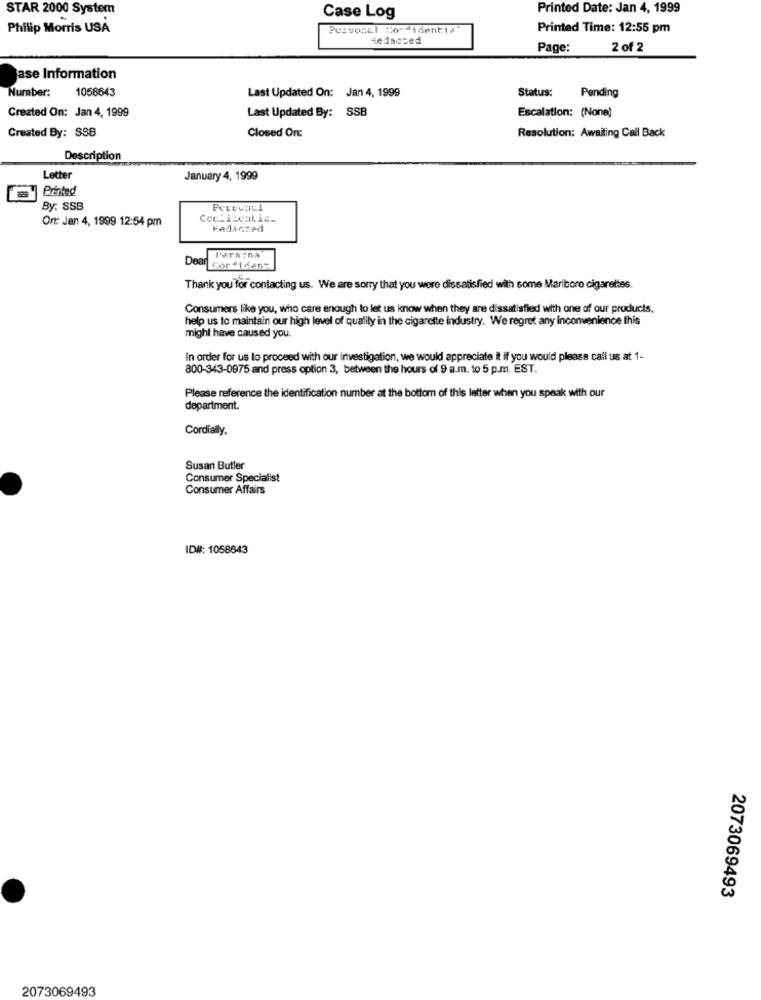
STAR 2000 System
Printed Date: Jan 4, 1999
Case Log
Philip Morris USA
Pesvoscl Corticentis
Printed Time: 12:55 pm
Redacted
Page:
2 of 2
ase Information
Number:
1058643
Last Updated On: Jan 4, 1999
Status:
Pending
Last Updated By: SSB
Escalation: (None)
Created On: Jan 4, 1999
Closed On:
Resolution: Awaiting Call Back
Created By: SSB
Description
Letter
January 4, 1999
re Printed
By: SSB
On Jan 4, 1999 12:54 pm
Redacted
Pars:na
Dear ior 41dans
Thank you for contacting us. We are sorry that you were dissatisfied with some Marlboro cigarettes.
Consumers like you, who care enough to let us know when they are dissatisfied with one of our products,
help us to maintain our high level of qualily in the cigarette industry. We regret any inconvenience this
might have caused you.
In order for us to proceed with our investigation, we would appreciate it if you would please call us at 1-
800-343-0975 and press option 3, between the hours of 9 a.m. to 5 p.m. EST.
Please reference the identification number at the bottom of this letter when you speak with our
department.
Cordially.
Susan Butler
Consumer Specialist
Consumer Affairs
ID#: 1058643
2073069493
2073069493